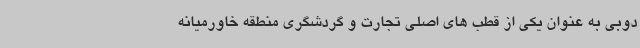
دوبی به عنوان یکی از قطب های اصلی تجارت و گردشگری منطقه خاورمیانه